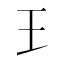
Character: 𤣩